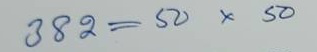
382 = 50 x 50